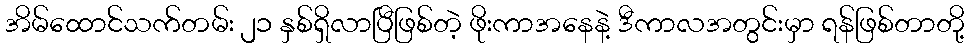
အိမ်ထောင်သက်တမ်း ၂၁ နှစ်ရှိလာပြီဖြစ်တဲ့ ဖိုးကာအနေနဲ့ ဒီကာလအတွင်းမှာ ရန်ဖြစ်တာတို့